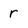
Character: r